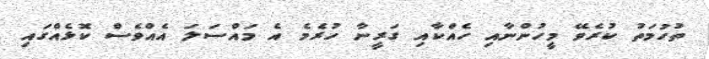
ތުހުމަތު ކުރެވޭ މީހުންނާއި ހެއްކާއި ގަރީނާ ހުރެމެ އެ މައްސަލަ އެއްވެސް ކޮޅެއްގައި